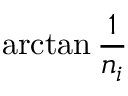
\arctan { \frac { 1 } { n _ { i } } }